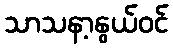
သာသနာ့နွယ်ဝင်